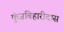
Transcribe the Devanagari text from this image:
कुंजबिहारीदास